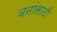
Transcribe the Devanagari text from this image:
वनांसाठी